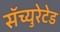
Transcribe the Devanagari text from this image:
सॅच्युरेटेड